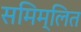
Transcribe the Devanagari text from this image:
समिम्लित